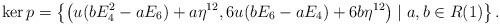
LaTeX: \begin{align*} \ker p = \left\{\left(u(bE_4^2-aE_6)+a\eta^{12}, 6u(bE_6-aE_4)+6b\eta^{12}\right) \mid a,b \in R(1)\right\}.\end{align*}